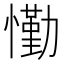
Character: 懄